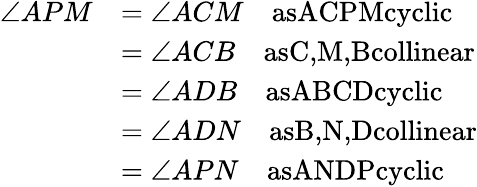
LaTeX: \begin{array}{rl}{\angle APM}&{=\angle ACM\quad\textrm{asACPMcyclic}}\\ &{=\angle ACB\quad\textrm{asC,M,Bcollinear}}\\ &{=\angle ADB\quad\textrm{asABCDcyclic}}\\ &{=\angle ADN\quad\textrm{asB,N,Dcollinear}}\\ &{=\angle APN\quad\textrm{asANDPcyclic}}\end{array}